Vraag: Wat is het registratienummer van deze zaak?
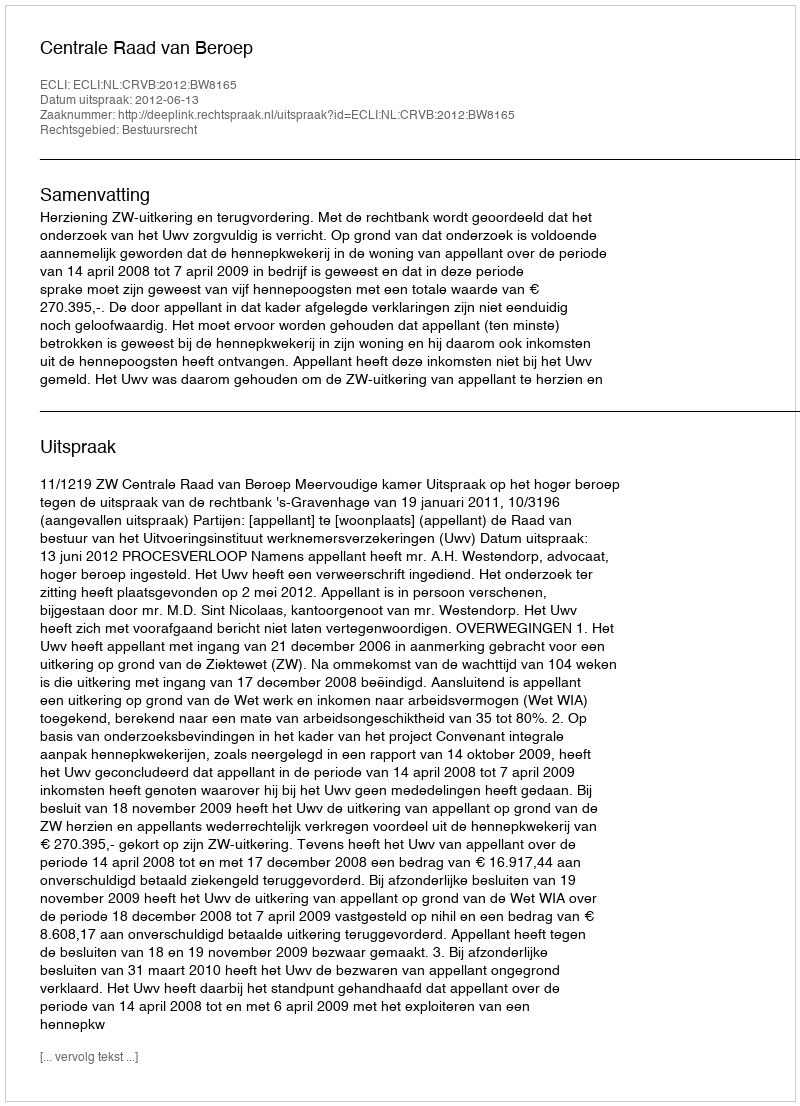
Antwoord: http://deeplink.rechtspraak.nl/uitspraak?id=ECLI:NL:CRVB:2012:BW8165